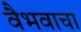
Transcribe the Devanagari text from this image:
वैभवाचा